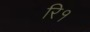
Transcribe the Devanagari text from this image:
रि१